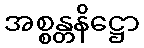
အစ္စန္တနိဋ္ဌော